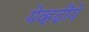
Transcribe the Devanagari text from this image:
येव्हढीये